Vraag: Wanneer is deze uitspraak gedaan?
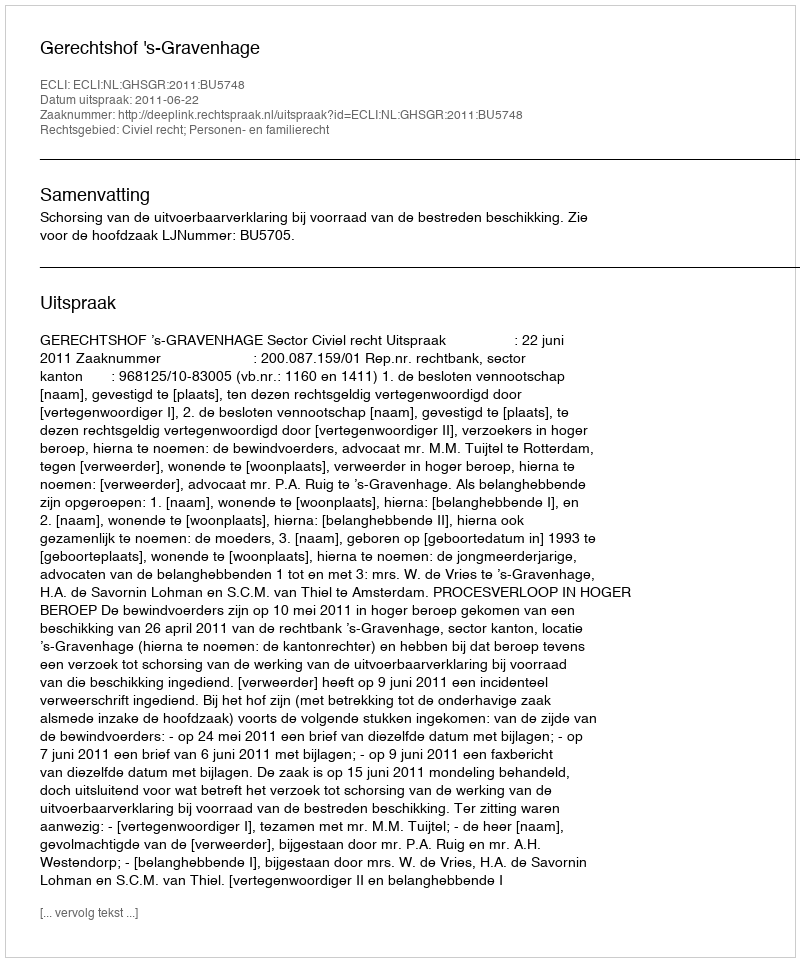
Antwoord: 2011-06-22